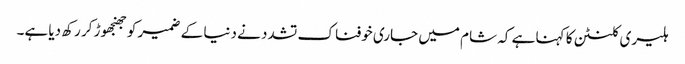
ہلیری کلنٹن کا کہنا ہے کہ شام میں جاری خوفناک تشدد نے دنیا کے ضمیر کو جھنجھوڑ کر رکھ دیا ہے۔